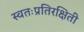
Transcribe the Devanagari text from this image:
स्वतःप्रतिरक्षिती